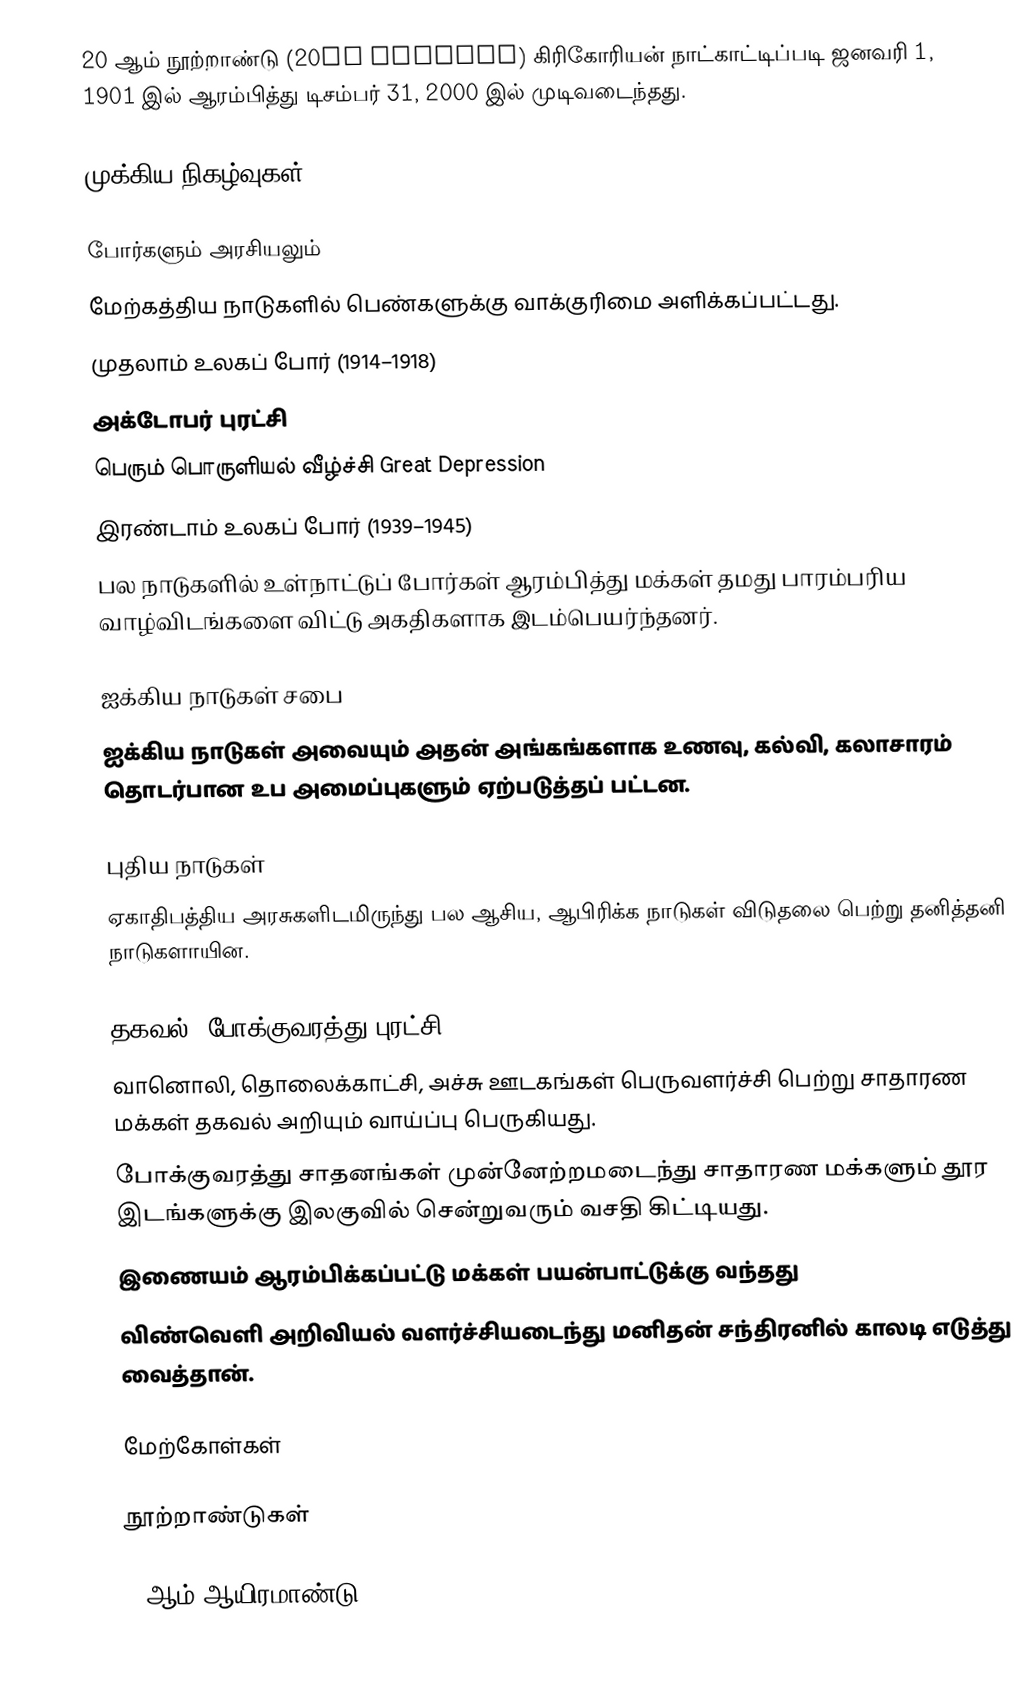
20 ஆம் நூற்றாண்டு (20th century) கிரிகோரியன் நாட்காட்டிப்படி ஜனவரி 1, 1901 இல் ஆரம்பித்து டிசம்பர் 31, 2000 இல் முடிவடைந்தது.

முக்கிய நிகழ்வுகள்

போர்களும் அரசியலும்
 மேற்கத்திய நாடுகளில் பெண்களுக்கு வாக்குரிமை அளிக்கப்பட்டது.
 முதலாம் உலகப் போர் (1914–1918)
 அக்டோபர் புரட்சி
 பெரும் பொருளியல் வீழ்ச்சி Great Depression
 இரண்டாம் உலகப் போர் (1939–1945)
 பல நாடுகளில் உள்நாட்டுப் போர்கள் ஆரம்பித்து மக்கள் தமது பாரம்பரிய வாழ்விடங்களை விட்டு அகதிகளாக இடம்பெயர்ந்தனர்.

ஐக்கிய நாடுகள் சபை
 ஐக்கிய நாடுகள் அவையும் அதன் அங்கங்களாக உணவு, கல்வி, கலாசாரம் தொடர்பான உப அமைப்புகளும் ஏற்படுத்தப் பட்டன.

புதிய நாடுகள்
 ஏகாதிபத்திய அரசுகளிடமிருந்து பல ஆசிய, ஆபிரிக்க நாடுகள் விடுதலை பெற்று தனித்தனி நாடுகளாயின.

தகவல், போக்குவரத்து புரட்சி
 வானொலி, தொலைக்காட்சி, அச்சு ஊடகங்கள் பெருவளர்ச்சி பெற்று சாதாரண மக்கள் தகவல் அறியும் வாய்ப்பு பெருகியது.
 போக்குவரத்து சாதனங்கள் முன்னேற்றமடைந்து சாதாரண மக்களும் தூர இடங்களுக்கு இலகுவில் சென்றுவரும் வசதி கிட்டியது.
 இணையம் ஆரம்பிக்கப்பட்டு மக்கள் பயன்பாட்டுக்கு வந்தது
 விண்வெளி அறிவியல் வளர்ச்சியடைந்து மனிதன் சந்திரனில் காலடி எடுத்து வைத்தான்.

மேற்கோள்கள்

நூற்றாண்டுகள்

2-ஆம் ஆயிரமாண்டு